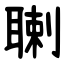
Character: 䏀